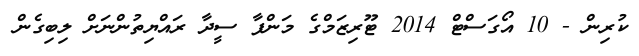
ކުރިން - 10 އޯގަސްޓް 2014 ޓޫރިޒަމްގެ މަންފާ ސީދާ ރައްޔިތުންނަށް ލިބިގެން